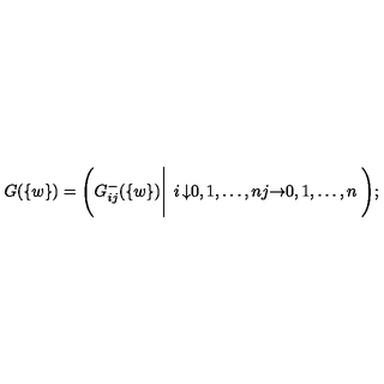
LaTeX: G ( \{ w \} ) = \Bigg ( G _ { i j } ^ { - } ( \{ w \} ) \Bigg | \left. \begin{matrix} { i } & { \downarrow } & { 0 , 1 , \ldots , n } \\ { j } & { \rightarrow } & { 0 , 1 , \ldots , n } \\ \end{matrix} \right. \Bigg ) ;